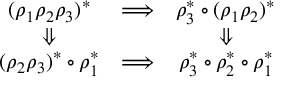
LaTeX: \begin{array} { c c c } { { ( \rho _ { 1 } \rho _ { 2 } \rho _ { 3 } ) ^ { * } } } & { { \Longrightarrow } } & { { \rho _ { 3 } ^ { * } \circ ( \rho _ { 1 } \rho _ { 2 } ) ^ { * } } } \\ { { \Downarrow } } & { { } } & { { \Downarrow } } \\ { { ( \rho _ { 2 } \rho _ { 3 } ) ^ { * } \circ \rho _ { 1 } ^ { * } } } & { { \Longrightarrow } } & { { \rho _ { 3 } ^ { * } \circ \rho _ { 2 } ^ { * } \circ \rho _ { 1 } ^ { * } } } \end{array}